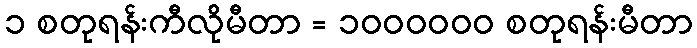
၁ စတုရန်းကီလိုမီတာ = ၁၀၀၀၀၀၀ စတုရန်းမီတာ